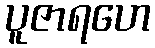
ပူဇာရဟေ